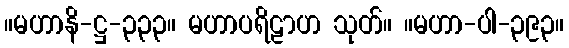
။မဟာနိ-ဋ္ဌ-၃၃၃။ မဟာပရိဠာဟ သုတ်။ ။မဟာ-ပါ-၃၉၃။